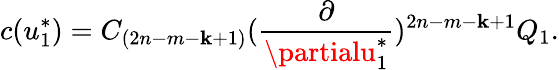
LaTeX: c(u_{1}^{*})=C_{(2n-m-\mathbf{k}+1)}({\frac{{\partial}}{{\partialu_{1}^{*}}}})^{2n-m-\mathbf{k}+1}Q_{1}.